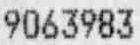
9063983